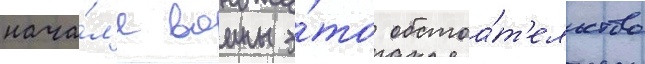
нача́л'е воины э́то обстоа́т'ельство